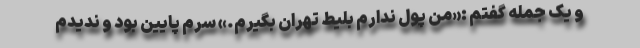
و یک جمله گفتم :«من پول ندارم بلیط تهران بگیرم.» سرم پایین بود و ندیدم